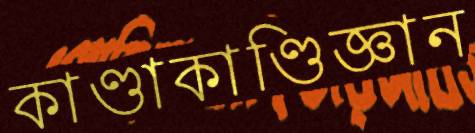
কাণ্ডাকাণ্ডিজ্ঞান